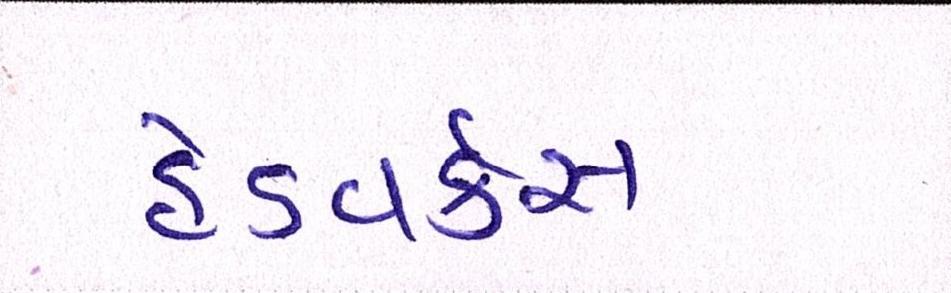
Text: હેડવર્કસ